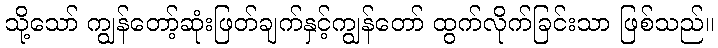
သို့သော် ကျွန်တော့်ဆုံးဖြတ်ချက်နှင့်ကျွန်တော် ထွက်လိုက်ခြင်းသာ ဖြစ်သည်။